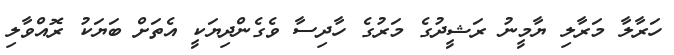
ހަރާލާ މަރާލި ޔާމީނު ރަޝީދުގެ މަރުގެ ހާދިސާ ވެގެންދިޔަކީ އެތަށް ބަޔަކު ރޮއްވާލި